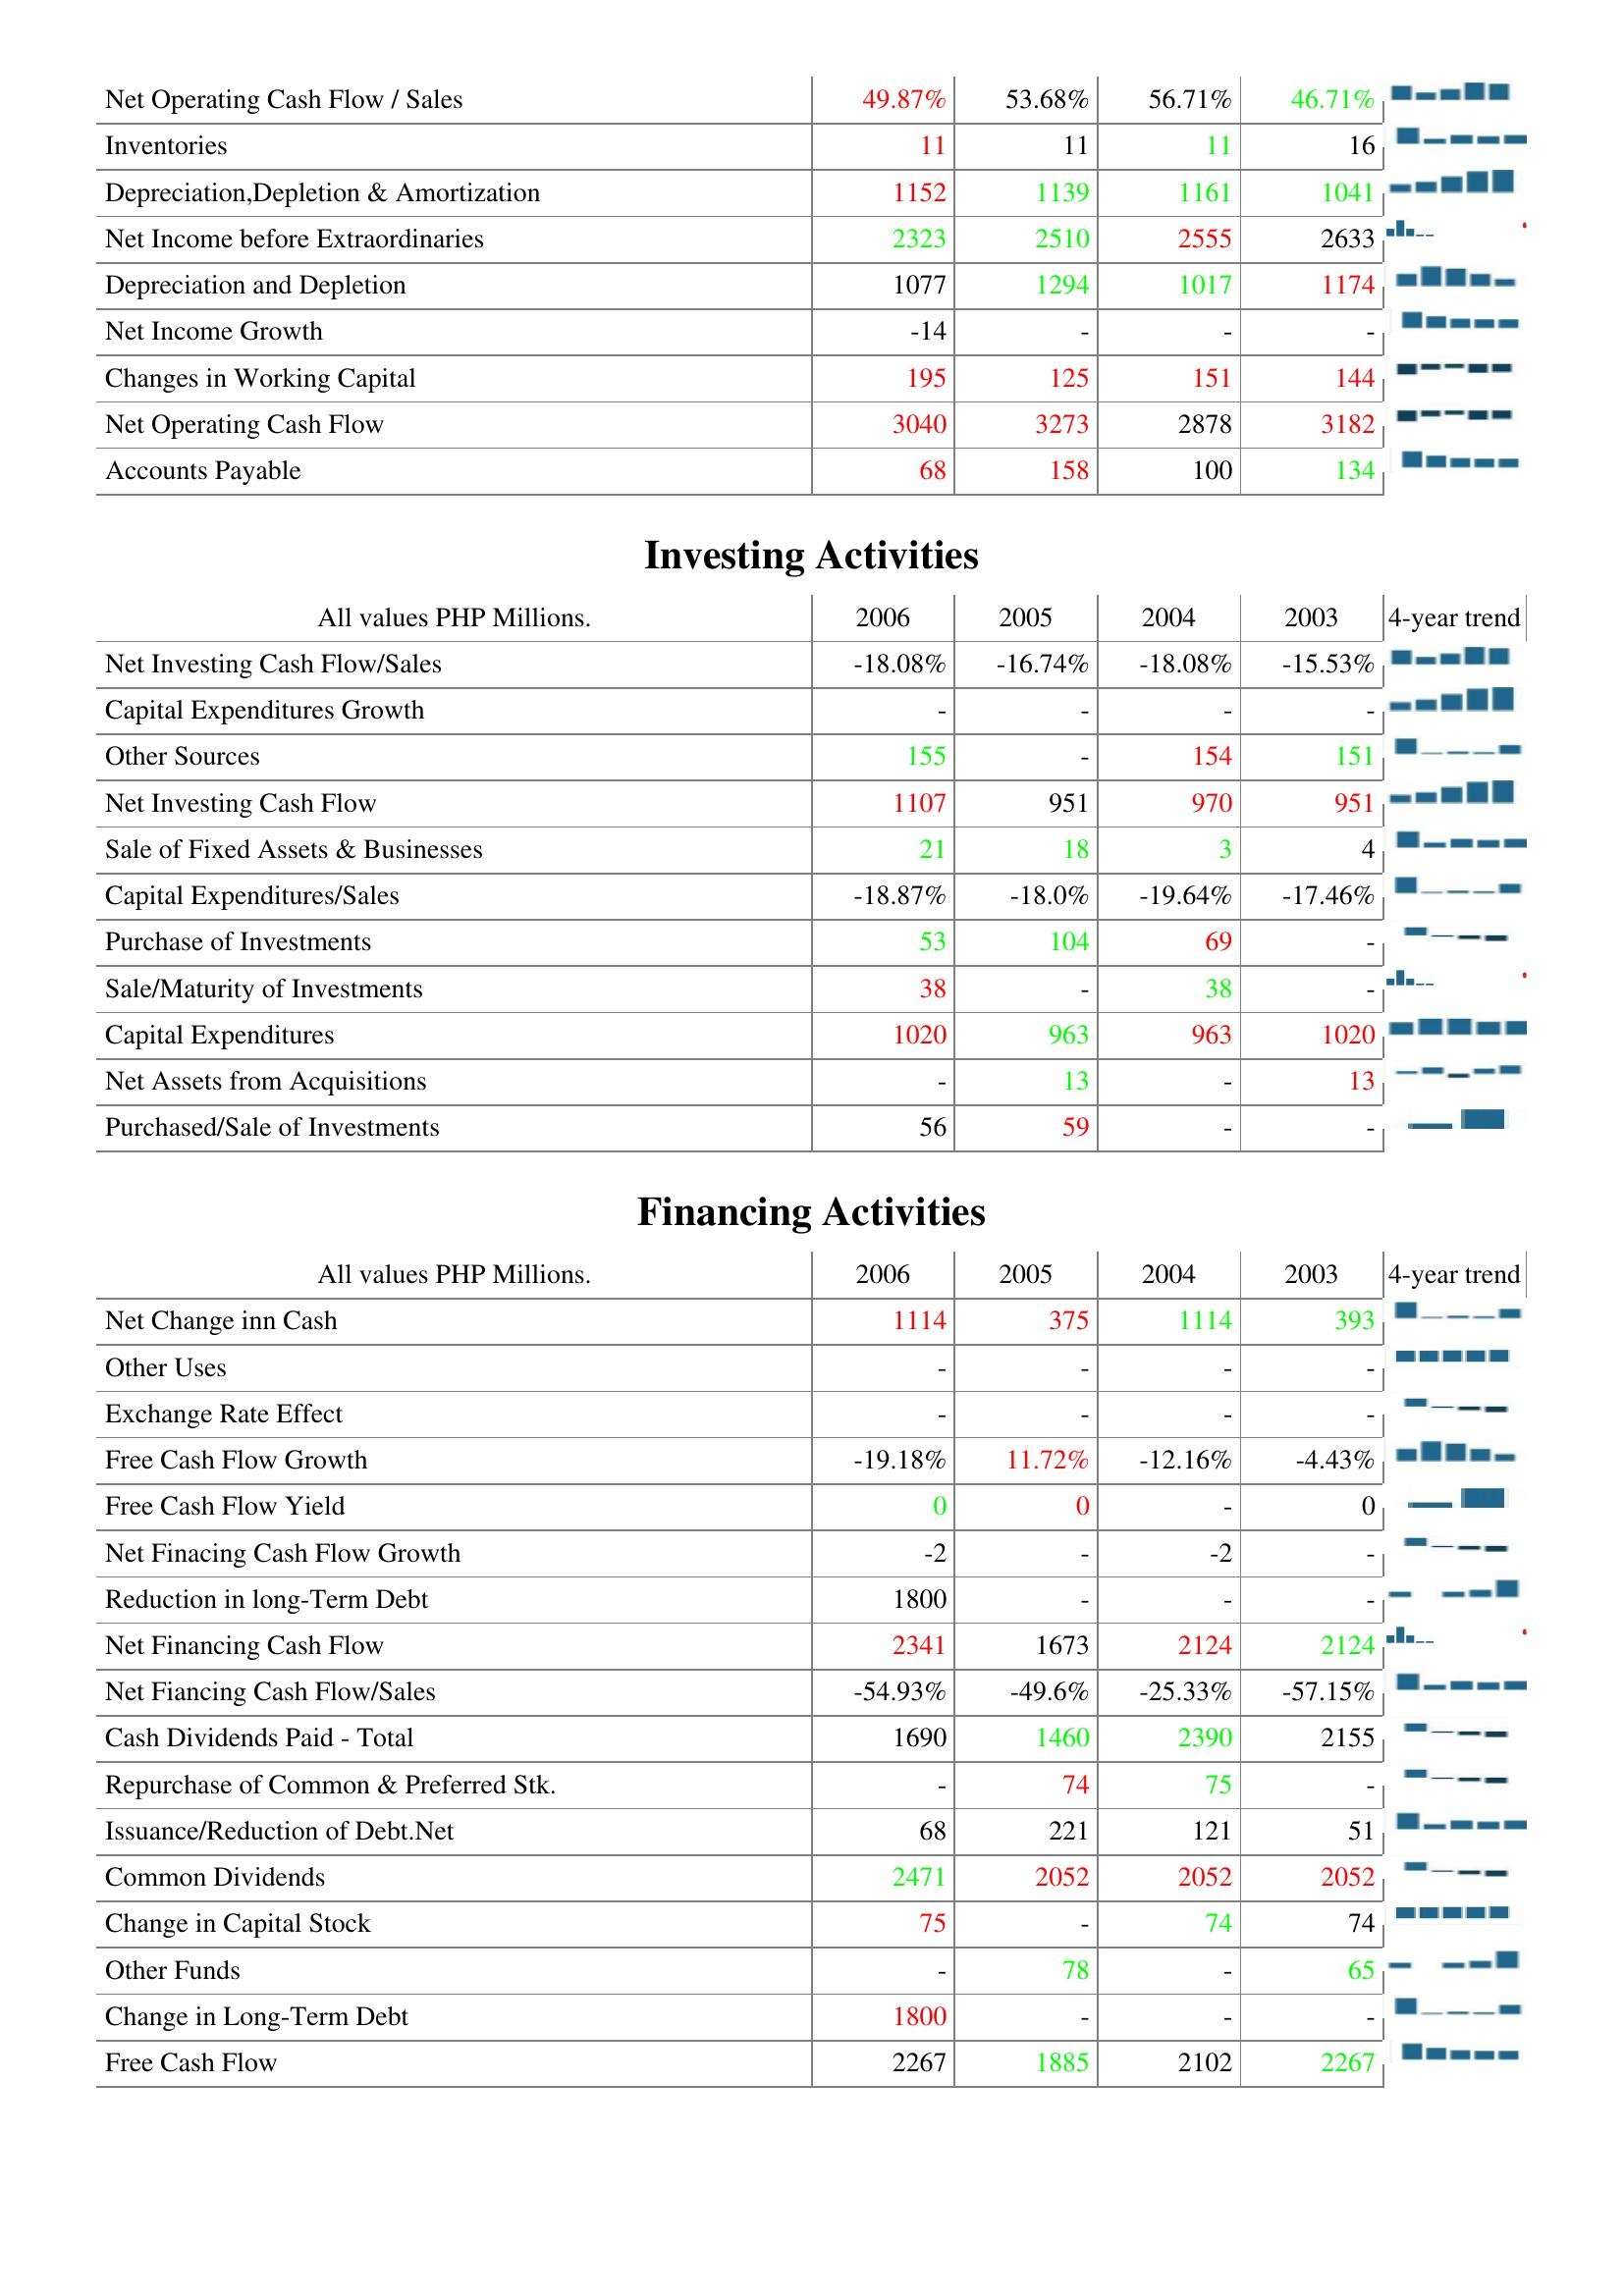
2006: Operating Activities: Net Operating Cash Flow / Sales: 49.87%
Inventories: 11
Depreciation,Depletion & Amortization: 1152
Net Income before Extraordinaries: 2323
Depreciation and Depletion: 1077
Net Income Growth: -14
Changes in Working Capital: 195
Net Operating Cash Flow: 3040
Accounts Payable: 68
Investing Activities: Net Investing Cash Flow/Sales: -18.08%
Capital Expenditures Growth: -
Other Sources: 155
Net Investing Cash Flow: 1107
Sale of Fixed Assets & Businesses: 21
Capital Expenditures/Sales: -18.87%
Purchase of Investments: 53
Sale/Maturity of Investments: 38
Capital Expenditures: 1020
Net Assets from Acquisitions: -
Purchased/Sale of Investments: 56
Financing Activities: Net Change inn Cash: 1114
Other Uses: -
Exchange Rate Effect: -
Free Cash Flow Growth: -19.18%
Free Cash Flow Yield: 0
Net Finacing Cash Flow Growth: -2
Reduction in long-Term Debt: 1800
Net Financing Cash Flow: 2341
Net Fiancing Cash Flow/Sales: -54.93%
Cash Dividends Paid - Total: 1690
Repurchase of Common & Preferred Stk.: -
Issuance/Reduction of Debt.Net: 68
Common Dividends: 2471
Change in Capital Stock: 75
Other Funds: -
Change in Long-Term Debt: 1800
Free Cash Flow: 2267
2005: Operating Activities: Net Operating Cash Flow / Sales: 53.68%
Inventories: 11
Depreciation,Depletion & Amortization: 1139
Net Income before Extraordinaries: 2510
Depreciation and Depletion: 1294
Net Income Growth: -
Changes in Working Capital: 125
Net Operating Cash Flow: 3273
Accounts Payable: 158
Investing Activities: Net Investing Cash Flow/Sales: -16.74%
Capital Expenditures Growth: -
Other Sources: -
Net Investing Cash Flow: 951
Sale of Fixed Assets & Businesses: 18
Capital Expenditures/Sales: -18.0%
Purchase of Investments: 104
Sale/Maturity of Investments: -
Capital Expenditures: 963
Net Assets from Acquisitions: 13
Purchased/Sale of Investments: 59
Financing Activities: Net Change inn Cash: 375
Other Uses: -
Exchange Rate Effect: -
Free Cash Flow Growth: 11.72%
Free Cash Flow Yield: 0
Net Finacing Cash Flow Growth: -
Reduction in long-Term Debt: -
Net Financing Cash Flow: 1673
Net Fiancing Cash Flow/Sales: -49.6%
Cash Dividends Paid - Total: 1460
Repurchase of Common & Preferred Stk.: 74
Issuance/Reduction of Debt.Net: 221
Common Dividends: 2052
Change in Capital Stock: -
Other Funds: 78
Change in Long-Term Debt: -
Free Cash Flow: 1885
2004: Operating Activities: Net Operating Cash Flow / Sales: 56.71%
Inventories: 11
Depreciation,Depletion & Amortization: 1161
Net Income before Extraordinaries: 2555
Depreciation and Depletion: 1017
Net Income Growth: -
Changes in Working Capital: 151
Net Operating Cash Flow: 2878
Accounts Payable: 100
Investing Activities: Net Investing Cash Flow/Sales: -18.08%
Capital Expenditures Growth: -
Other Sources: 154
Net Investing Cash Flow: 970
Sale of Fixed Assets & Businesses: 3
Capital Expenditures/Sales: -19.64%
Purchase of Investments: 69
Sale/Maturity of Investments: 38
Capital Expenditures: 963
Net Assets from Acquisitions: -
Purchased/Sale of Investments: -
Financing Activities: Net Change inn Cash: 1114
Other Uses: -
Exchange Rate Effect: -
Free Cash Flow Growth: -12.16%
Free Cash Flow Yield: -
Net Finacing Cash Flow Growth: -2
Reduction in long-Term Debt: -
Net Financing Cash Flow: 2124
Net Fiancing Cash Flow/Sales: -25.33%
Cash Dividends Paid - Total: 2390
Repurchase of Common & Preferred Stk.: 75
Issuance/Reduction of Debt.Net: 121
Common Dividends: 2052
Change in Capital Stock: 74
Other Funds: -
Change in Long-Term Debt: -
Free Cash Flow: 2102
2003: Operating Activities: Net Operating Cash Flow / Sales: 46.71%
Inventories: 16
Depreciation,Depletion & Amortization: 1041
Net Income before Extraordinaries: 2633
Depreciation and Depletion: 1174
Net Income Growth: -
Changes in Working Capital: 144
Net Operating Cash Flow: 3182
Accounts Payable: 134
Investing Activities: Net Investing Cash Flow/Sales: -15.53%
Capital Expenditures Growth: -
Other Sources: 151
Net Investing Cash Flow: 951
Sale of Fixed Assets & Businesses: 4
Capital Expenditures/Sales: -17.46%
Purchase of Investments: -
Sale/Maturity of Investments: -
Capital Expenditures: 1020
Net Assets from Acquisitions: 13
Purchased/Sale of Investments: -
Financing Activities: Net Change inn Cash: 393
Other Uses: -
Exchange Rate Effect: -
Free Cash Flow Growth: -4.43%
Free Cash Flow Yield: 0
Net Finacing Cash Flow Growth: -
Reduction in long-Term Debt: -
Net Financing Cash Flow: 2124
Net Fiancing Cash Flow/Sales: -57.15%
Cash Dividends Paid - Total: 2155
Repurchase of Common & Preferred Stk.: -
Issuance/Reduction of Debt.Net: 51
Common Dividends: 2052
Change in Capital Stock: 74
Other Funds: 65
Change in Long-Term Debt: -
Free Cash Flow: 2267